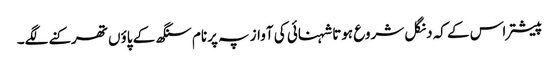
پیشتر اس کے کہ دنگل شروع ہوتا شہنائی کی آواز پہ پرنام سنگھ کے پاؤں تھرکنے لگے۔